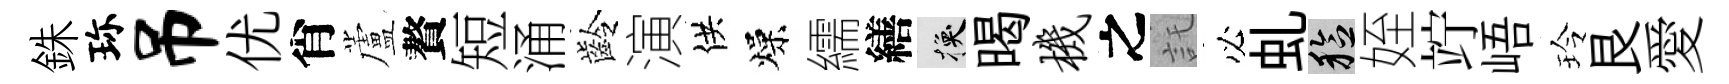
銖珎吊优肖蘆贅短涌齡演供燥繻繕换暍机之託必虬稔姪竚峿玲艮愛